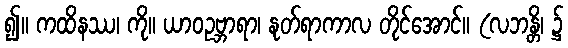
၍။ ကထိနဿ၊ ကို။ ယာဝဥဗ္ဘာရာ၊ နုတ်ရာကာလ တိုင်အောင်။ (လဘန္တိ၊ ၌